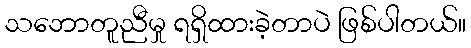
သဘောတူညီမှု ရရှိထားခဲ့တာပဲ ဖြစ်ပါတယ်။